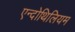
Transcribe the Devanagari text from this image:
एन्दोथिलियम